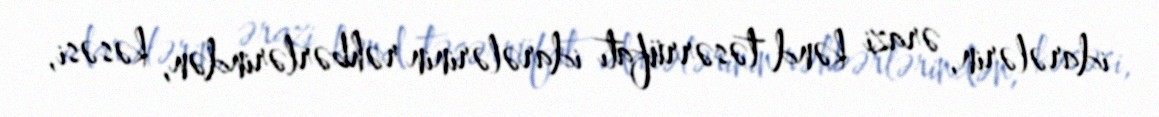
idarələrin, ərazi kənd təsərrüfatı idarələrinin rəhbərlərindən, kəsəsi,